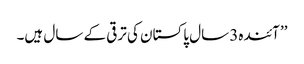
’’ آئندہ3 سال پاکستان کی ترقی کے سال ہیں۔